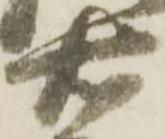
右